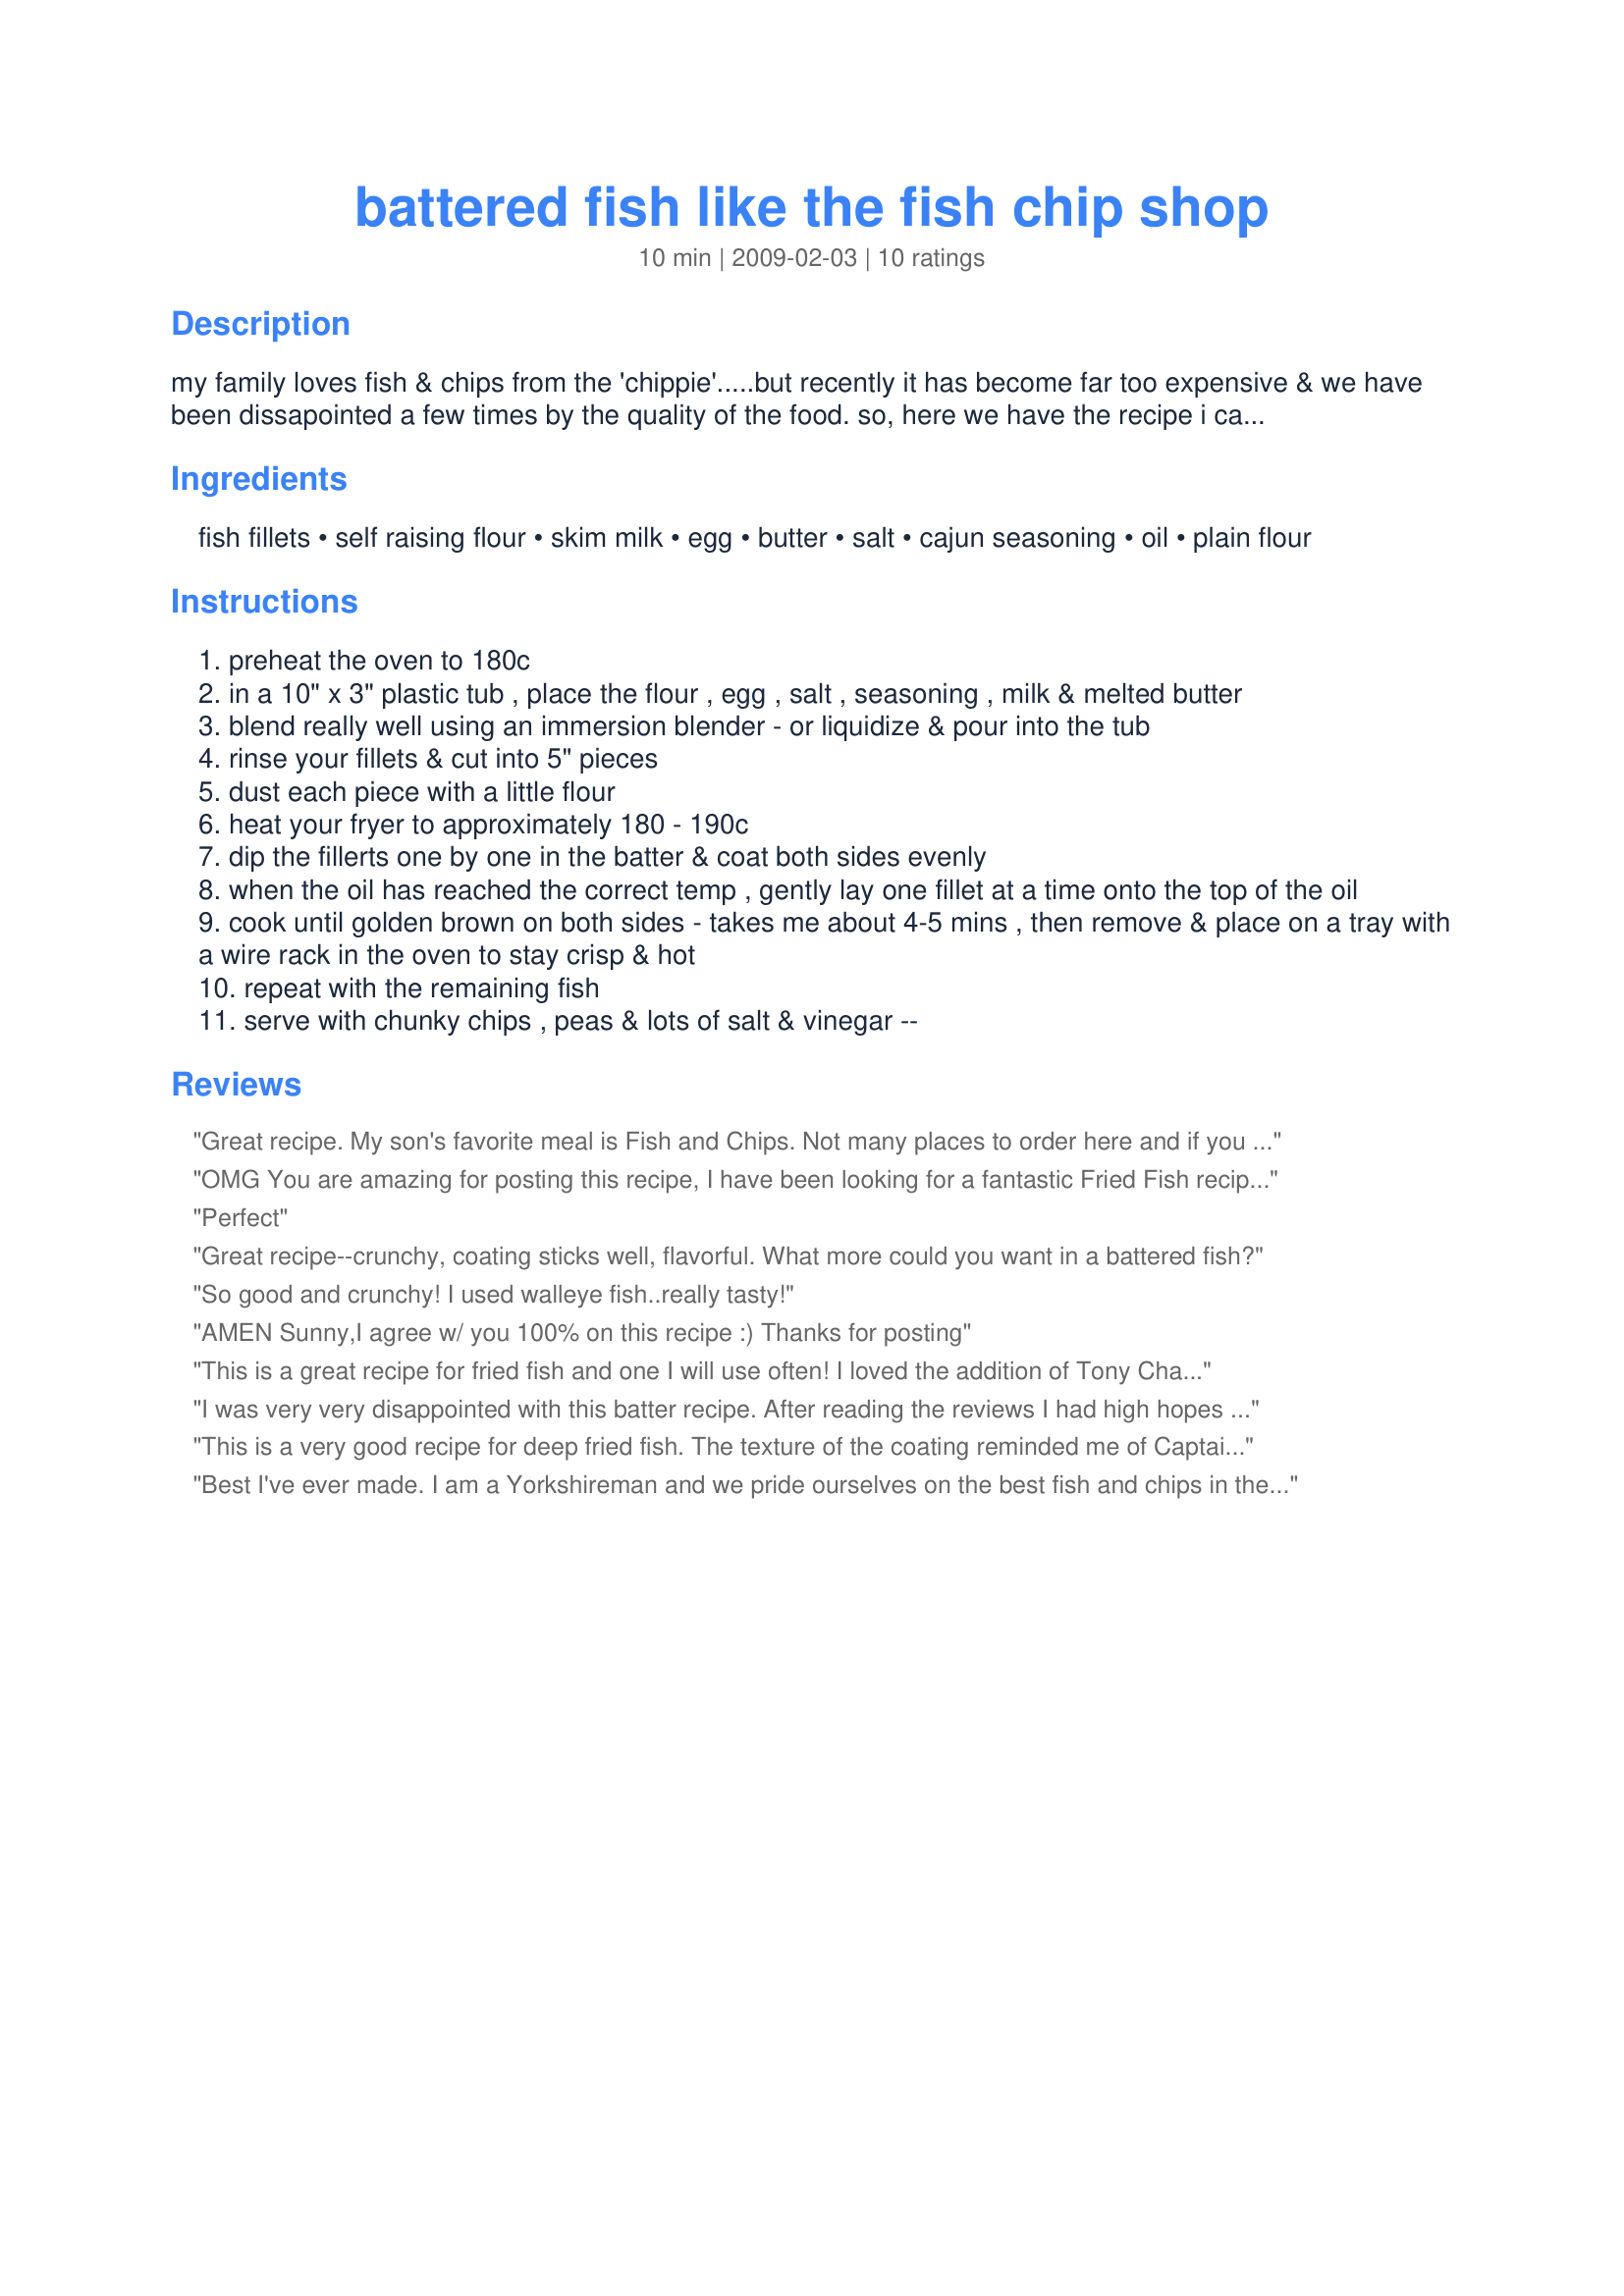
battered fish like the fish chip shop
Preparation time: 10 minutes

my family loves fish & chips from the 'chippie'.....but recently it has become far too expensive & we have been dissapointed a few times by the quality of the food. so, here we have the recipe i came up with to satisfy the family when they fancy fish 'n' chips. you can use any white fish fillet you prefer. i like to cut mine into 5" strips so they cook quicker & fit a bit better in my small fryer! if you have any batter left over, it makes great onion rings too......

Ingredients:
fish fillets, self raising flour, skim milk, egg, butter, salt, cajun seasoning, oil, plain flour

Steps:
preheat the oven to 180c
in a 10" x 3" plastic tub , place the flour , egg , salt , seasoning , milk & melted butter
blend really well using an immersion blender - or liquidize & pour into the tub
rinse your fillets & cut into 5" pieces
dust each piece with a little flour
heat your fryer to approximately 180 - 190c
dip the fillerts one by one in the batter & coat both sides evenly
when the oil has reached the correct temp , gently lay one fillet at a time onto the top of the oil
cook until golden brown on both sides - takes me about 4-5 mins , then remove & place on a tray with a wire rack in the oven to stay crisp & hot
repeat with the remaining fish
serve with chunky chips , peas & lots of salt & vinegar --

Reviews:
Great recipe. My son's favorite meal is Fish and Chips. Not many places to order here and if you can order many are not up to par. This recipe is perfect for us! Add fresh chips (french fries) with a splash of vinegar and we are in heaven. Use a good oil because it will absolutely make a difference to the flavor. Just to make it easier the temps are 180C = 355F and 190C = 374C. As I am in the United States we use Fahrenheit temp. measurements
OMG You are amazing for posting this recipe, I have been looking for a fantastic Fried Fish recipe for such a long time and thanks to you I found it, serious this is the most FANTASTIC recipe EVER. THANKYOU SO MUCH I will never buy take out ever again
Perfect
Great recipe--crunchy, coating sticks well, flavorful. What more could you want in a battered fish?
So good and crunchy! I used walleye fish..really tasty!
AMEN Sunny,I agree w/ you 100%
on this recipe :)
Thanks for posting
This is a great recipe for fried fish and one I will use often! I loved the addition of Tony Chachere's cajun seasoning. Spiced it up, but not too much! The coating clung to the fish and was crunchy and deliciously flavored! The picture had me sold on this one and it tasted just as good as it looks!
I was very very disappointed with this batter recipe. After reading the reviews I had high hopes for this so called Chip Shop batter. Mine came out like wet cardboard. Did 2 batches, with the second batch being a bit thinner. No change. Followed the recipe; what went wrong?!
This is a very good recipe for deep fried fish. The texture of the coating reminded me of Captain D's fish. We loved it and will be making it a lot. Thanks for posting this wonderful recipe.
Best I've ever made. I am a Yorkshireman and we pride ourselves on the best fish and chips in the world! Will try frying in beef dripping (tallow) next time for the most authentic taste. Was a bit dubious about egg as this is hardly ever used commercially but it worked, so why change it.
